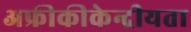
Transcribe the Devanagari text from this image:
अफ्रीकीकेन्द्रीयता